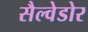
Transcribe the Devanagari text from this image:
सैल्वेडोर